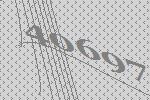
40697